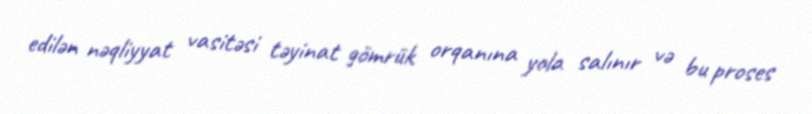
edilən nəqliyyat vasitəsi təyinat gömrük orqanına yola salınır və bu proses